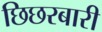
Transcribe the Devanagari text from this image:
छिछरबारी